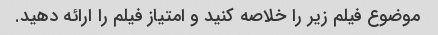
موضوع فیلم زیر را خلاصه کنید و امتیاز فیلم را ارائه دهید.